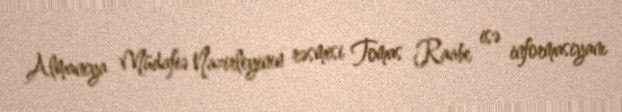
Almaniya Müdafiə Nazirliyinin rəsmisi Tomas Raabe isə informasiyanı